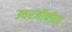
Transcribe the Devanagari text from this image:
उत्तरजीवीता